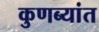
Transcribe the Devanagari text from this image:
कुणब्यांत